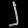
Digit: ၂